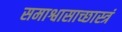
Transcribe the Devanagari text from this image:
समाश्वासाच्छास्त्रं